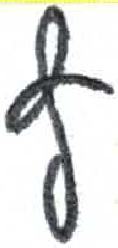
אות: ץ